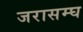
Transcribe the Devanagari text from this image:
जरासम्घ